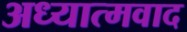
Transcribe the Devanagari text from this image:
अध्‍यात्‍मवाद